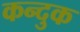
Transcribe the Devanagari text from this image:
कन्दुक